Plague in India, 1896, 1897 - Volume 3
Year: 1896
Disease focus: Plague
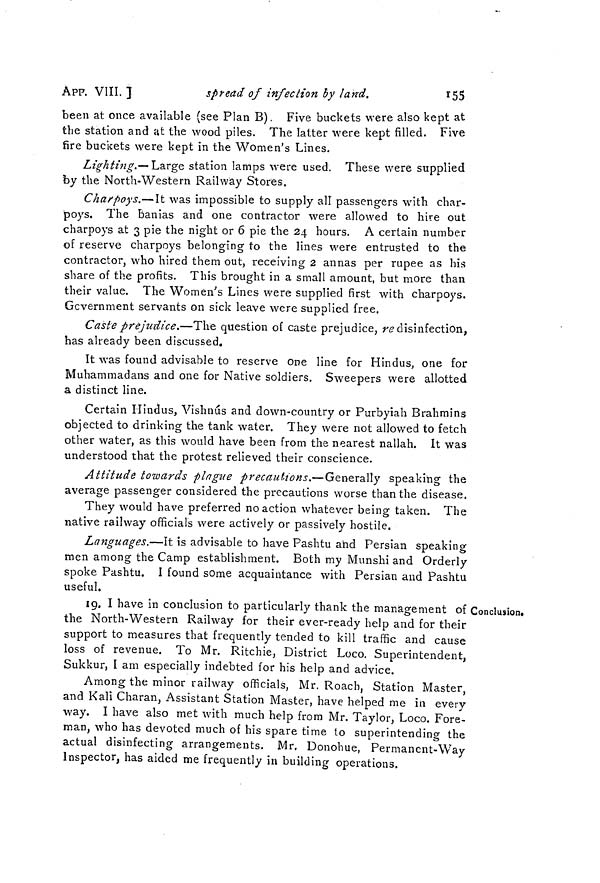
155
APP. VIII. J
spread of infection by land.
been at once available (see Plan B). Five buckets were also kept at
the station and at the wood piles. The latter were kept filled. Five
fire buckets were kept in the Women's Lines.
Lighting.-- Large station lamps were used. These were supplied
by the North-Western Railway Stores.
Charpoys.— It was impossible to supply all passengers with char-
poys. The banias and one contractor were allowed to hire out
charpoys at 3 pie the night or 6 pie the 24 hours. A certain number
of reserve charpoys belonging to the lines were entrusted to the
contractor, who hired them out, receiving 2 annas per rupee as his
share of the profits. This brought in a small amount, but more than
their value. The Women's Lines were supplied first with charpoys.
Gcvernment servants on sick leave were supplied free.
Caste prejudice.—The question of caste prejudice, re disinfection,
has already been discussed.
It was found advisable to reserve one line for Hindus, one for
Muhammadans and one for Native soldiers. Sweepers were allotted
a distinct line.
Certain Hindus, Vishnu's and down-country or Purbyiah Brahmins
objected to drinking the tank water. They were not allowed to fetch
other water, as this would have been from the nearest nallah. It was
understood that the protest relieved their conscience.
Attitude towards plague precautions.—Generally speaking the
average passenger considered the precautions worse than the disease.
They would have preferred no action whatever being taken. The
native railway officials were actively or passively hostile.
Languages.—It is advisable to have Pashtu and Persian speaking
men among the Camp establishment. Both my Munshi and Orderly
spoke Pashtu. I found some acquaintance with Persian and Pashtu
useful.
Conclusion*
19. I have in conclusion to particularly thank the management of
the North-Western Railway for their ever-ready help and for their
support to measures that frequently tended to kill traffic and cause
loss of revenue. To Mr. Ritchie, District Loco. Superintendent,
Sukkur, I am especially indebted for his help and advice.
Among the minor railway officials, Mr. Roach, Station Master,
and Kali Charan, Assistant Station Master, have helped me in every
way. I have also met with much help from Mr. Taylor, Loco. Fore-
man, who has devoted much of his spare time to superintending the
actual disinfecting arrangements. Mr. Donohue, Permanent-Way
Inspector, has aided me frequently in building operations.